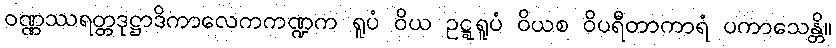
ဝဏ္ဏဿရတ္တဒုဋ္ဌာဒိကာလေကကဏ္ဍက ရူပံ ဝိယ ဥဋ္ဋရူပံ ဝိယစ ဝိပရီတာကာရံ ပကာသေန္တိ။